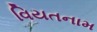
વિયતનામ